Vaccination in Burma 1920-1933 - 1920-1933
Year: 1920
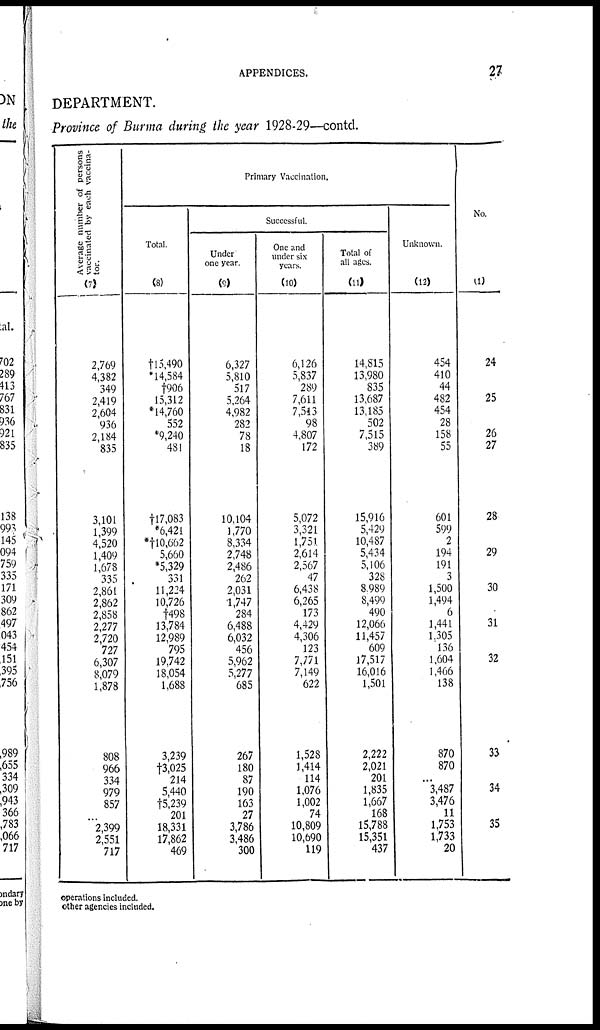
APPENDICES.
27
DEPARTMENT.
Province of Burma during the year 1928-29—contd.
Average number of persons
vaccinated by each vaccina-
tor.
(7)
2,769
4,382
349
2,419
2,604
936
2,184
835
3,101
1,399
4,520
1,409
1,678
335
2,861
2,862
2,858
2,277
2,720
727
6,307
8,079
1,878
808
966
334
979
857
...
2,399
2,551
717
Primary Vaccination.
Total.
(8)
†15,490
*14,584
†906
15,312
*14,760
552
*9,240
481
†17,083
*6,421
*† 10,662
5,660
*5,329
331
11,224
10,726
†498
13,784
12,989
795
19,742
18,054
1,688
3,239
†3,025
214
5,440
†5,239
201
18,331
17,862
469
Successful.
Under
one year.
(9)
6,327
5,810
517
5,264
4,982
282
78
18
10,104
1,770
8,334
2,748
2,486
262
2,031
1,747
284
6,488
6,032
456
5,962
5,277
685
267
180
87
190
163
27
3,786
3,486
300
One and
under six
years.
(10)
6,126
5,837
289
7,611
7,543
98
4,807
172
5,072
3,321
1,751
2,614
2,567
47
6,438
6,265
173
4,429
4,306
123
7,771
7,149
622
1,528
1,414
114
1,076
1,002
74
10,809
10,690
119
Total of
all ages.
(11)
14,815
13,980
835
13,687
13,185
502
7,515
389
15,916
5,429
10,487
5,434
5,106
328
8,989
8,499
490
12,066
11,457
609
17,517
16,016
1,501
2,222
2,021
201
1,835
1,667
168
15,788
15,351
437
Unknown.
(12)
454
410
44
482
454
28
158
55
601
599
2
194
191
3
1,500
1,494
6
1,441
1,305
136
1,604
1,466
138
870
870
...
3,487
3,476
11
1,753
1,733
20
No.
(1)
24
25
26
27
28
29
30
31
32
33
34
35
operations included.
other agencies included.